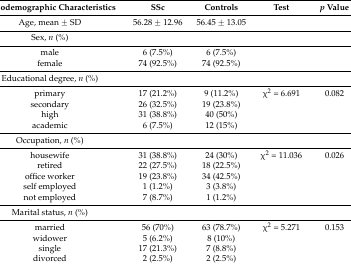
<table><thead><tr><td><b>Sociodemographic Characteristics</b></td><td><b>SSc</b></td><td><b>Controls</b></td><td><b>Test</b></td><td><b><i>p</i> Value</b></td></tr></thead><tbody><tr><td>Age, mean ± SD</td><td>56.28 ± 12.96</td><td>56.45 ± 13.05</td><td></td><td></td></tr><tr><td>Sex, <i>n</i> (%)</td><td></td><td></td><td></td><td></td></tr><tr><td>male</td><td>6 (7.5%)</td><td>6 (7.5%)</td><td></td><td></td></tr><tr><td>female</td><td>74 (92.5%)</td><td>74 (92.5%)</td><td></td><td></td></tr><tr><td>Educational degree, <i>n</i> (%)</td><td></td><td></td><td></td><td></td></tr><tr><td>primary</td><td>17 (21.2%)</td><td>9 (11.2%)</td><td>χ<sup>2</sup> = 6.691</td><td>0.082</td></tr><tr><td>secondary</td><td>26 (32.5%)</td><td>19 (23.8%)</td><td></td><td></td></tr><tr><td>high</td><td>31 (38.8%)</td><td>40 (50%)</td><td></td><td></td></tr><tr><td>academic</td><td>6 (7.5%)</td><td>12 (15%)</td><td></td><td></td></tr><tr><td>Occupation, <i>n</i> (%)</td><td></td><td></td><td></td><td></td></tr><tr><td>housewife</td><td>31 (38.8%)</td><td>24 (30%)</td><td>χ<sup>2</sup> = 11.036</td><td>0.026</td></tr><tr><td>retired</td><td>22 (27.5%)</td><td>18 (22.5%)</td><td></td><td></td></tr><tr><td>office worker</td><td>19 (23.8%)</td><td>34 (42.5%)</td><td></td><td></td></tr><tr><td>self employed</td><td>1 (1.2%)</td><td>3 (3.8%)</td><td></td><td></td></tr><tr><td>not employed</td><td>7 (8.7%)</td><td>1 (1.2%)</td><td></td><td></td></tr><tr><td>Marital status, <i>n</i> (%)</td><td></td><td></td><td></td><td></td></tr><tr><td>married</td><td>56 (70%)</td><td>63 (78.7%)</td><td>χ<sup>2</sup> = 5.271</td><td>0.153</td></tr><tr><td>widower</td><td>5 (6.2%)</td><td>8 (10%)</td><td></td><td></td></tr><tr><td>single</td><td>17 (21.3%)</td><td>7 (8.8%)</td><td></td><td></td></tr><tr><td>divorced</td><td>2 (2.5%)</td><td>2 (2.5%)</td><td></td><td></td></tr></tbody></table>